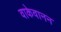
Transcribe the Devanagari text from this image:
वाकेवानन